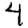
Digit: 4